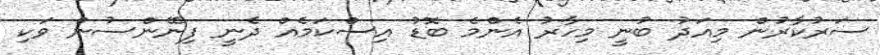
ސަރުކާރުން މިއަދު ބުނީ މިހާރު އެންމެ ބޮޑު އިސްކަމެއް ދެނީ ފިނޭންސުން ވަކި